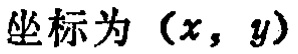
坐标为 \((x, y)\)